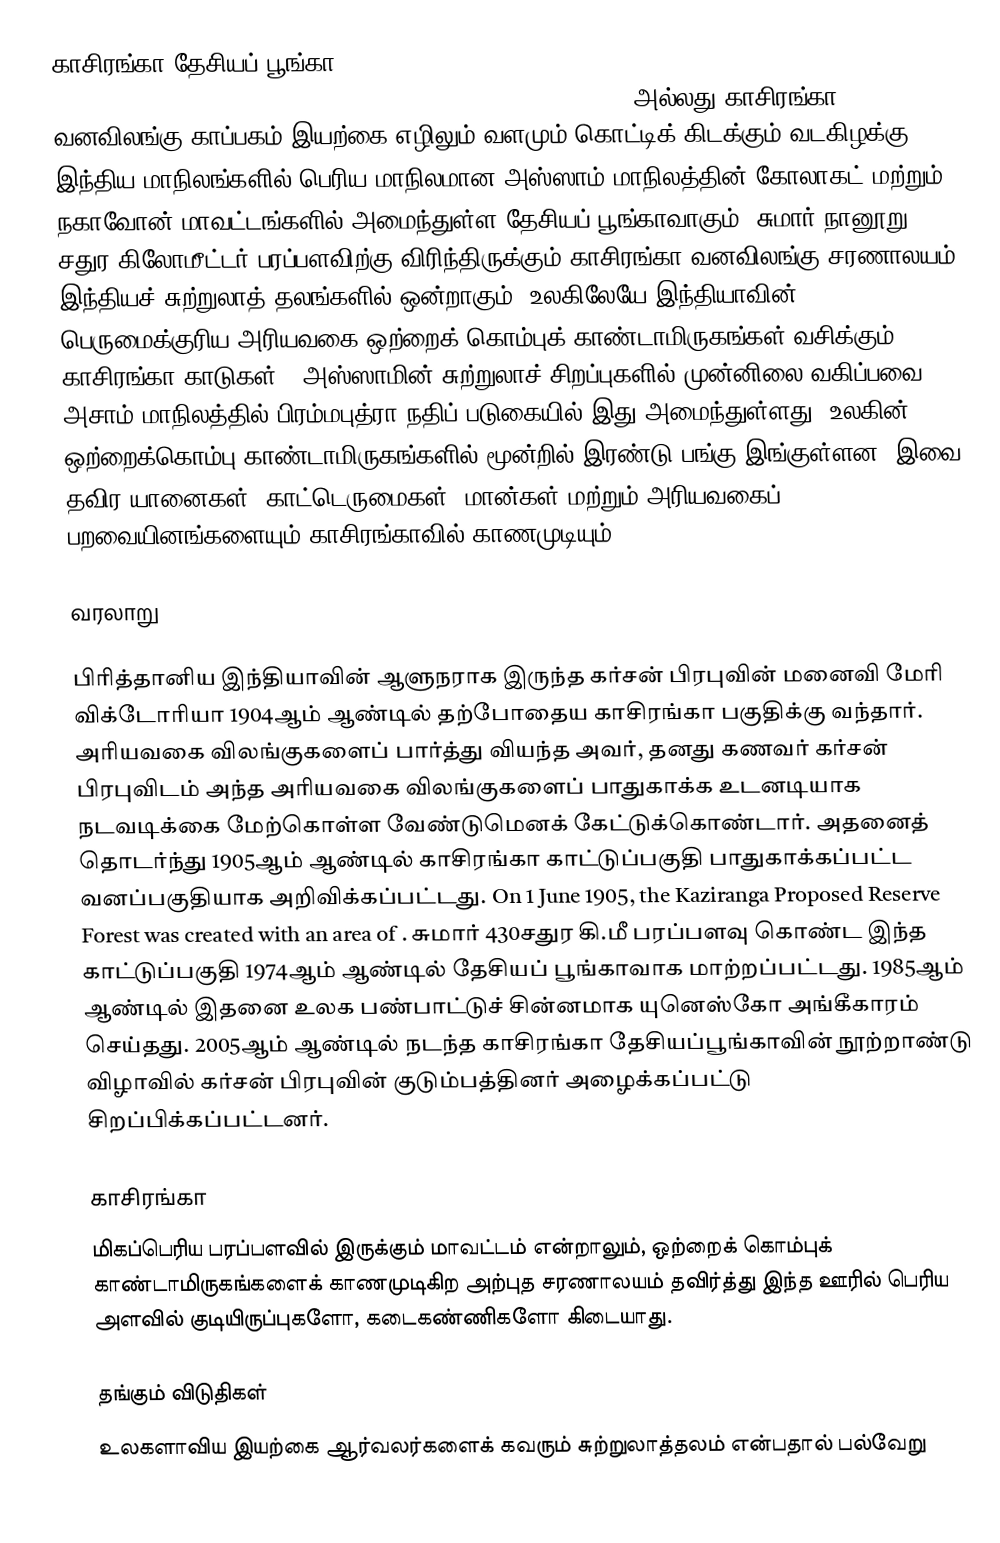
காசிரங்கா தேசியப் பூங்கா (Kaziranga National Park :Assamese: কাজিৰঙা ৰাষ্ট্ৰীয় উদ্যান, Kazirônga Rastriyô Uddan, pronounced [kazirɔŋɡa rastrijɔ udːan) அல்லது காசிரங்கா வனவிலங்கு காப்பகம் இயற்கை எழிலும் வளமும் கொட்டிக் கிடக்கும் வடகிழக்கு இந்திய மாநிலங்களில் பெரிய மாநிலமான அஸ்ஸாம் மாநிலத்தின் கோலாகட் மற்றும் நகாவோன் மாவட்டங்களில் அமைந்துள்ள தேசியப் பூங்காவாகும்.  சுமார் நானூறு சதுர கிலோமீட்டர் பரப்பளவிற்கு  விரிந்திருக்கும் காசிரங்கா வனவிலங்கு சரணாலயம் இந்தியச் சுற்றுலாத் தலங்களில் ஒன்றாகும். உலகிலேயே இந்தியாவின் பெருமைக்குரிய அரியவகை ஒற்றைக் கொம்புக் காண்டாமிருகங்கள் வசிக்கும் காசிரங்கா காடுகள் , அஸ்ஸாமின் சுற்றுலாச் சிறப்புகளில் முன்னிலை வகிப்பவை. அசாம் மாநிலத்தில் பிரம்மபுத்ரா நதிப் படுகையில் இது அமைந்துள்ளது. உலகின் ஒற்றைக்கொம்பு காண்டாமிருகங்களில் மூன்றில் இரண்டு பங்கு இங்குள்ளன. இவை தவிர யானைகள், காட்டெருமைகள், மான்கள் மற்றும் அரியவகைப் பறவையினங்களையும் காசிரங்காவில் காணமுடியும்.

வரலாறு

பிரித்தானிய இந்தியாவின் ஆளுநராக இருந்த கர்சன் பிரபுவின் மனைவி மேரி விக்டோரியா 1904ஆம் ஆண்டில் தற்போதைய காசிரங்கா பகுதிக்கு வந்தார். அரியவகை விலங்குகளைப் பார்த்து வியந்த அவர், தனது கணவர் கர்சன் பிரபுவிடம் அந்த அரியவகை விலங்குகளைப் பாதுகாக்க உடனடியாக நடவடிக்கை மேற்கொள்ள வேண்டுமெனக் கேட்டுக்கொண்டார். அதனைத் தொடர்ந்து 1905ஆம் ஆண்டில் காசிரங்கா காட்டுப்பகுதி பாதுகாக்கப்பட்ட வனப்பகுதியாக அறிவிக்கப்பட்டது. On 1 June 1905, the Kaziranga Proposed Reserve Forest was created with an area of . சுமார் 430சதுர கி.மீ பரப்பளவு கொண்ட இந்த காட்டுப்பகுதி 1974ஆம் ஆண்டில் தேசியப் பூங்காவாக மாற்றப்பட்டது. 1985ஆம் ஆண்டில் இதனை உலக பண்பாட்டுச் சின்னமாக யுனெஸ்கோ அங்கீகாரம் செய்தது. 2005ஆம் ஆண்டில் நடந்த காசிரங்கா தேசியப்பூங்காவின் நூற்றாண்டு விழாவில் கர்சன் பிரபுவின் குடும்பத்தினர் அழைக்கப்பட்டு சிறப்பிக்கப்பட்டனர்.

காசிரங்கா
மிகப்பெரிய பரப்பளவில் இருக்கும் மாவட்டம் என்றாலும், ஒற்றைக் கொம்புக் காண்டாமிருகங்களைக் காணமுடிகிற அற்புத சரணாலயம் தவிர்த்து இந்த ஊரில் பெரிய அளவில் குடியிருப்புகளோ, கடைகண்ணிகளோ கிடையாது.

தங்கும் விடுதிகள்
உலகளாவிய இயற்கை ஆர்வலர்களைக் கவரும் சுற்றுலாத்தலம் என்பதால் பல்வேறு